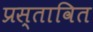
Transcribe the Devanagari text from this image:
प्रस्‍तावित